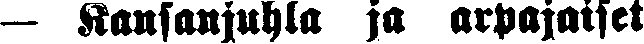
— Kansanjuhla ja arpajaiset